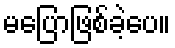
မပြောဖြစ်ခဲ့ပေ။